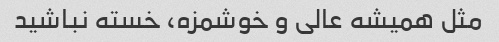
مثل همیشه عالی و خوشمزه، خسته نباشید